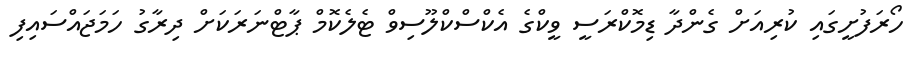
ހޯރަފުށީގައި ކުރިއަށް ގެންދާ ޑިމޮކްރަސީ ވީކްގެ އެކްސްކްލޫސިވް ޓެލެކޮމް ޕާޓްނަރަކަށް ދިރާގު ހަމަޖައްސައިފި